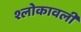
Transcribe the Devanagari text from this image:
श्लोकावली